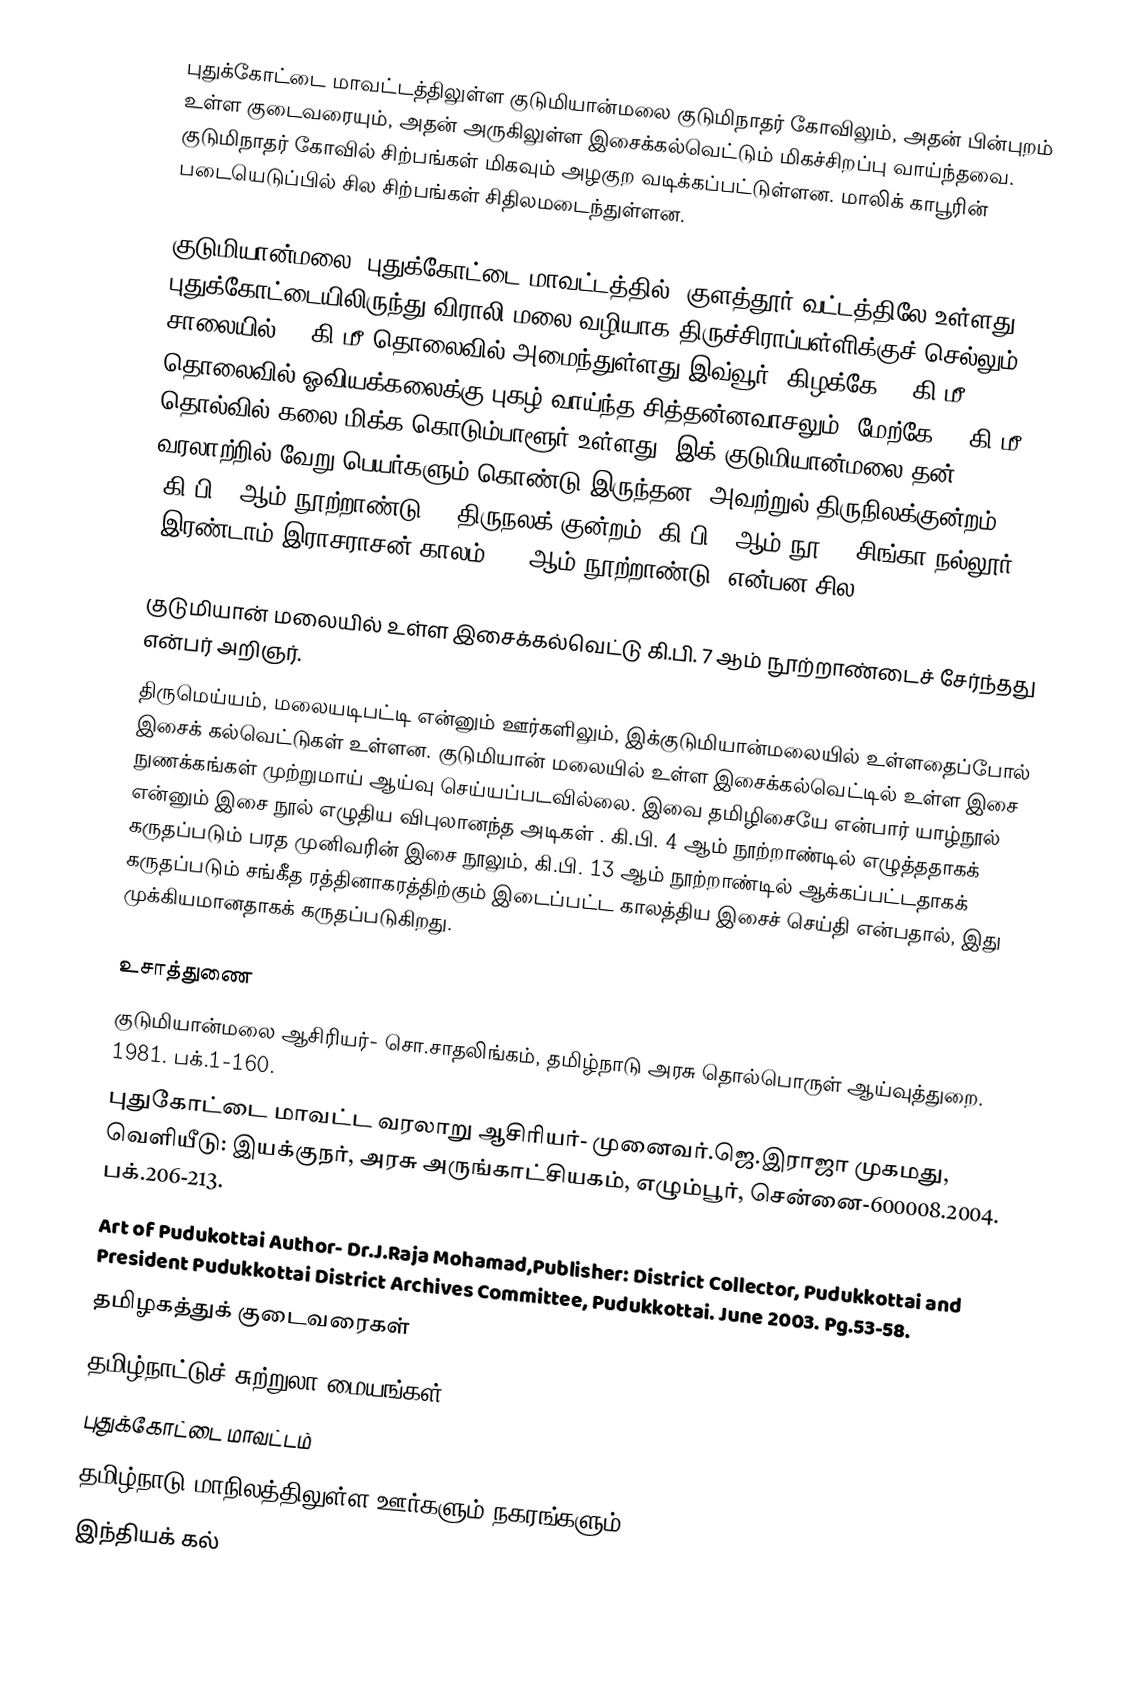
புதுக்கோட்டை மாவட்டத்திலுள்ள குடுமியான்மலை குடுமிநாதர் கோவிலும், அதன் பின்புறம் உள்ள குடைவரையும், அதன் அருகிலுள்ள இசைக்கல்வெட்டும் மிகச்சிறப்பு வாய்ந்தவை. குடுமிநாதர் கோவில் சிற்பங்கள் மிகவும் அழகுற வடிக்கப்பட்டுள்ளன. மாலிக் காபூரின் படையெடுப்பில் சில சிற்பங்கள் சிதிலமடைந்துள்ளன.

குடுமியான்மலை,  புதுக்கோட்டை மாவட்டத்தில், குளத்தூர் வட்டத்திலே உள்ளது. புதுக்கோட்டையிலிருந்து விராலி மலை வழியாக திருச்சிராப்பள்ளிக்குச் செல்லும் சாலையில் 20 கி.மீ தொலைவில் அமைந்துள்ளது இவ்வூர்.  கிழக்கே 10 கி.மீ தொலைவில் ஓவியக்கலைக்கு புகழ் வாய்ந்த சித்தன்னவாசலும், மேற்கே 25 கி.மீ தொல்வில் கலை மிக்க கொடும்பாளூர் உள்ளது. இக் குடுமியான்மலை தன் வரலாற்றில் வேறு பெயர்களும் கொண்டு இருந்தன. அவற்றுல் திருநிலக்குன்றம் (கி.பி. 8ஆம் நூற்றாண்டு) , திருநலக் குன்றம் (கி.பி. 8ஆம் நூ) , சிங்கா நல்லூர் (இரண்டாம் இராசராசன் காலம், 12 ஆம் நூற்றாண்டு) என்பன சில.

குடுமியான் மலையில் உள்ள இசைக்கல்வெட்டு கி.பி. 7 ஆம் நூற்றாண்டைச் சேர்ந்தது என்பர் அறிஞர்.
திருமெய்யம், மலையடிபட்டி என்னும் ஊர்களிலும், இக்குடுமியான்மலையில் உள்ளதைப்போல் இசைக் கல்வெட்டுகள் உள்ளன.  குடுமியான் மலையில் உள்ள இசைக்கல்வெட்டில் உள்ள இசை நுணக்கங்கள் முற்றுமாய் ஆய்வு செய்யப்படவில்லை. இவை தமிழிசையே என்பார் யாழ்நூல் என்னும் இசை நூல் எழுதிய விபுலானந்த அடிகள் . கி.பி. 4 ஆம் நூற்றாண்டில் எழுத்ததாகக் கருதப்படும் பரத முனிவரின் இசை நூலும், கி.பி. 13 ஆம் நூற்றாண்டில் ஆக்கப்பட்டதாகக் கருதப்படும் சங்கீத ரத்தினாகரத்திற்கும் இடைப்பட்ட காலத்திய இசைச் செய்தி என்பதால், இது முக்கியமானதாகக் கருதப்படுகிறது.

உசாத்துணை
குடுமியான்மலை ஆசிரியர்- சொ.சாதலிங்கம், தமிழ்நாடு அரசு தொல்பொருள் ஆய்வுத்துறை. 1981. பக்.1-160.
புதுகோட்டை மாவட்ட வரலாறு ஆசிரியர்- முனைவர்.ஜெ.இராஜா முகமது, வெளியீடு: இயக்குநர், அரசு அருங்காட்சியகம், எழும்பூர், சென்னை-600008.2004. பக்.206-213.
Art of Pudukottai Author- Dr.J.Raja Mohamad,Publisher: District Collector, Pudukkottai and President Pudukkottai District Archives Committee, Pudukkottai. June 2003. Pg.53-58.
தமிழகத்துக் குடைவரைகள்
தமிழ்நாட்டுச் சுற்றுலா மையங்கள்
புதுக்கோட்டை மாவட்டம்
 தமிழ்நாடு மாநிலத்திலுள்ள ஊர்களும் நகரங்களும்
இந்தியக் கல்